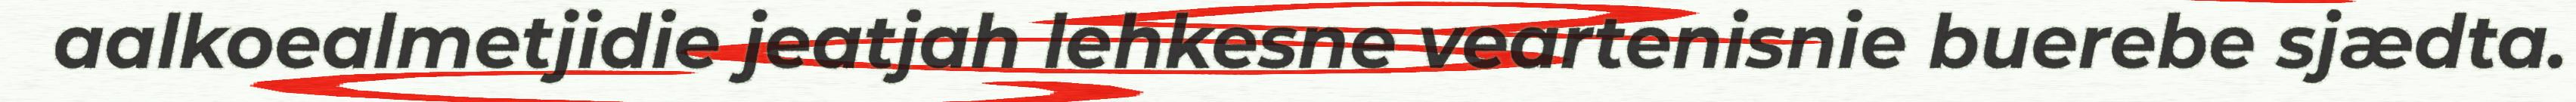
aalkoealmetjidie jeatjah lehkesne veartenisnie buerebe sjædta.